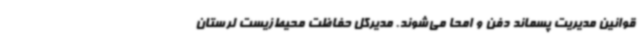
قوانین مدیریت پسماند دفن و امحا می‌شوند. مدیرکل حفاظت محیط‌زیست لرستان